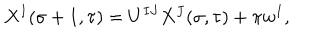
X ^ { I } ( \sigma + 1 , \tau ) = U ^ { I J } X ^ { J } ( \sigma , \tau ) + \pi w ^ { I } ,